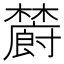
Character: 𣟜